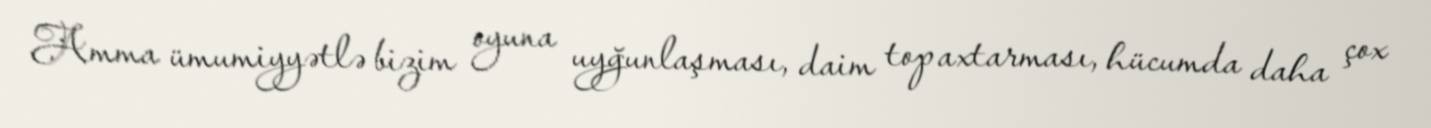
Amma ümumiyyətlə bizim oyuna uyğunlaşması, daim top axtarması, hücumda daha çox